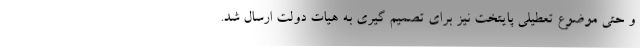
و حتی موضوع تعطیلی پایتخت نیز برای تصمیم گیری به هیات دولت ارسال شد.